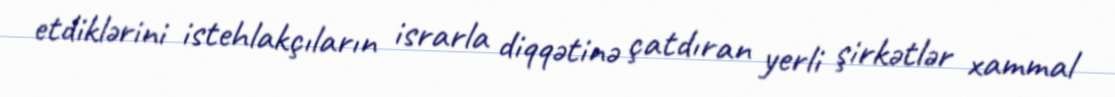
etdiklərini istehlakçıların israrla diqqətinə çatdıran yerli şirkətlər xammal